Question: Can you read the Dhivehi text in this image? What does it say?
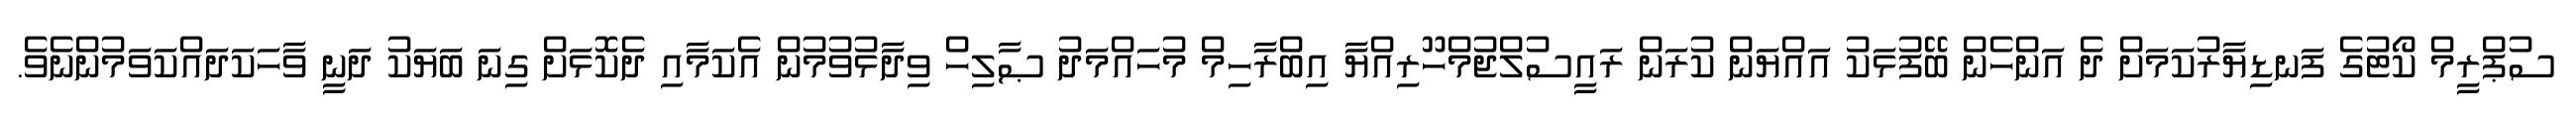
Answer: ސުޕްރީމް ކޯޓުގެ ފަނޑިޔާރުކަމަށް ދެ އަންހެން ބޭފުޅަކު އައްޔަން ކުރަން ރައީސުލްޖުމްހޫރިއްޔާ އިބްރާހިމް މުހައްމަދު ޞާލިހް ވިދާޅުވުމުން އެކަމާއި ދެކޮޅަށް ގިނަ ބަޔަކު ދަނީ ވާހަކަދައްކަވަމުންނެވެ.